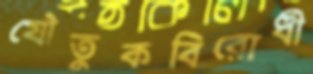
যৌতুকবিরোধী